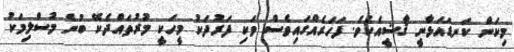
މިކަން ކަނޑައަޅާނީ ޤާޟީއެކެވެ. ފަހަރެއްގައިވެސް ވަކި ފަރުދަކު މީހަކީ މުރުތައްދެކޭ ބުނެ މުސްލިމަކު